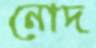
নোদ